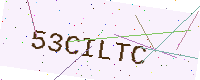
Text: 53CILTC